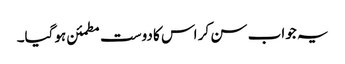
یہ جواب سن کر اس کا دوست مطمئن ہوگیا۔